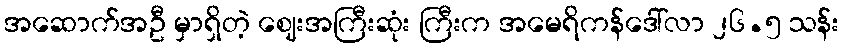
အဆောက်အဦ မှာရှိတဲ့ ဈေးအကြီးဆုံး ကြီးက အမေရိကန်ဒေါ်လာ ၂၆.၅ သန်း